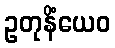
ဥတုနိံယေဝ